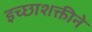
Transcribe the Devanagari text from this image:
इच्छाशक्तीने